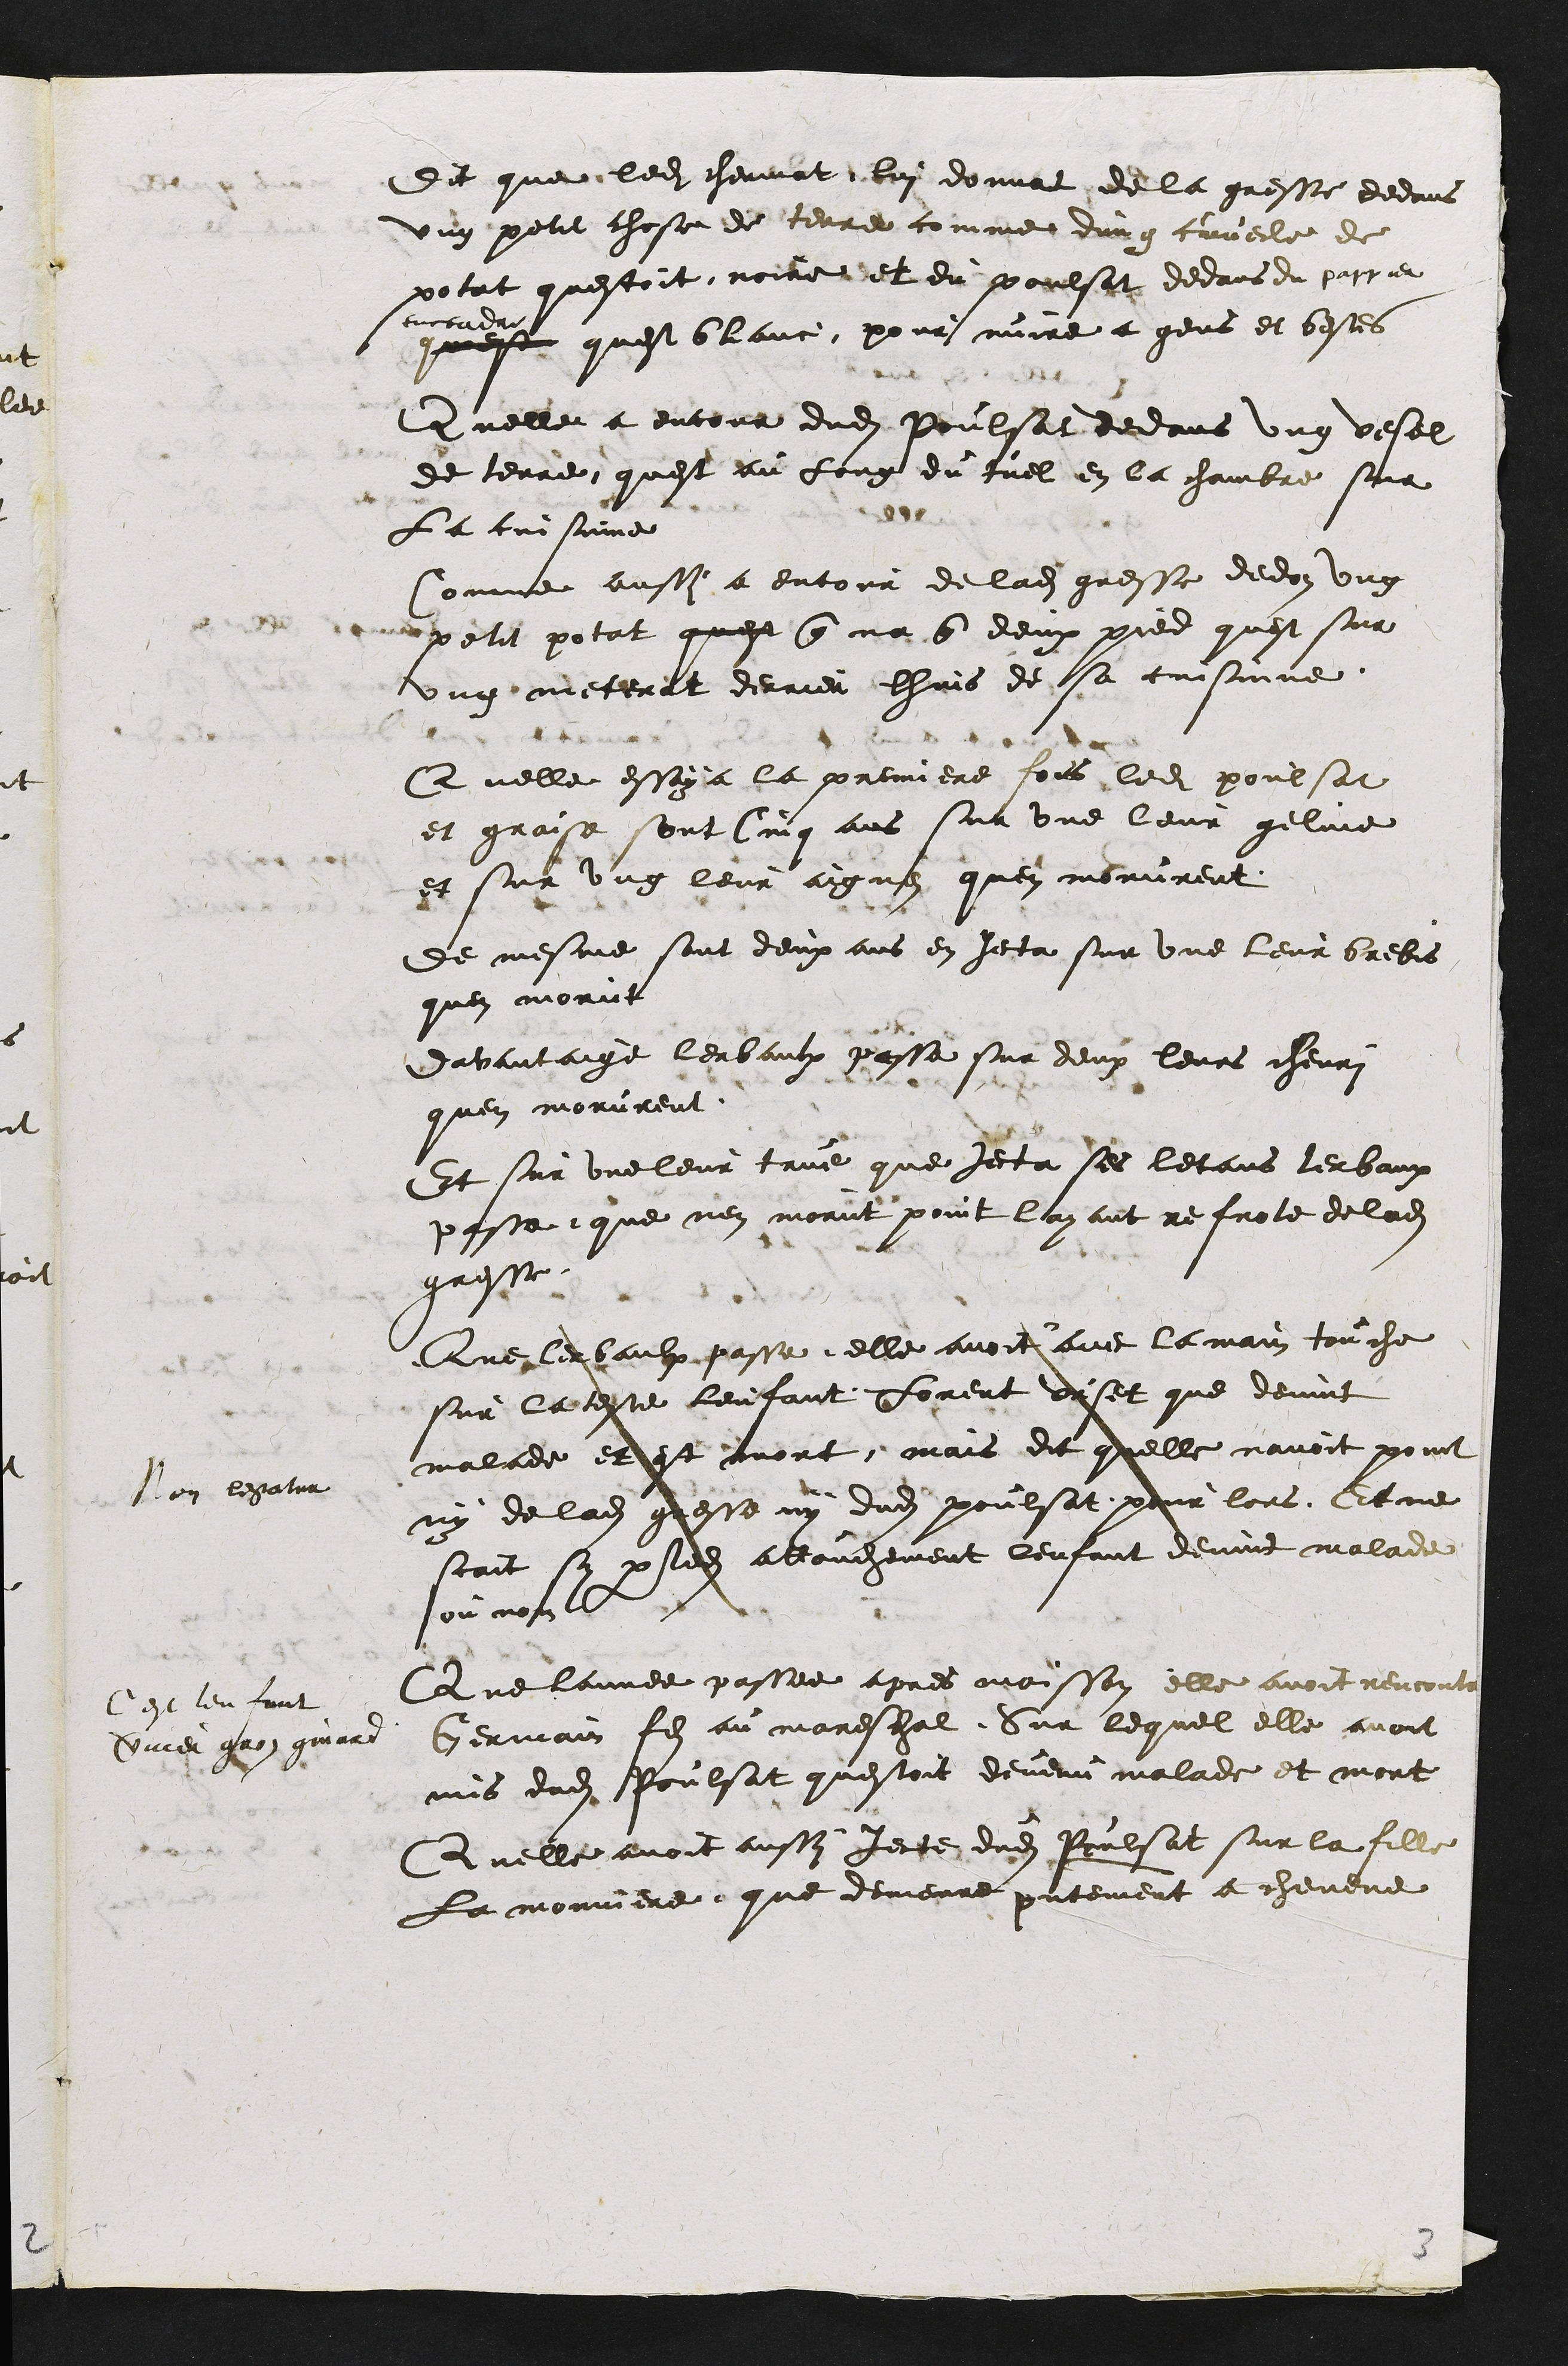
Dit que ledit chermat lui donnat de la gresse dedans
ung petit chose de terre comme dung couvecle de
potat questoit noire et du poulsat dedans du pappier
cuccadre
quest quest blanc, pour nuire a gens et bestes
Quelle a encour dudit Poulsat dedans ung vesel
de terre quest au long du tuel en la chambre sur
La cuisine
Comme aussi a encour de ladite gresse dedon ung
petit potat quest que na que deux pied quest sur
ung meterat derrier lhuis de sa cuisinne
Quelle essaya la premiere fois ledit poulsat
et graise sont Cinq ans sur une leur geline
et sur ung leur aignen quen morurent
de mesme sont deux ans en jecta sur une leur brebis
quen morut
davantaige lerbaulx passe sur deux leurs chevri
quen morurent
Et sur une leur tave que jecta ses letans lerbaux
passe que nen morut point layant refrote de ladite
gresse
Non legatur
Que lerbaulx passe elle avoit avec la main touche
sur la teste lenfant Lorent Viset que devint
malade et est mort mais dit quelle navoit point
ny de ladite gresse ny dudit poulsat pour lors Et ne
scait sy par ledit attouchement lenfant devint malade
ou non
Que lannee passee apres moisson elle avoit rencontre
Germain fils au mareschal. Sur lequel elle avoit
mis dudit Poulsat questoit devenu malade et mort
Cest lenfant
Vernier gros girard
Quelle avoit aussi jecte dudit Poulsat sur la fille
La monniere que demeure presentement a chevene